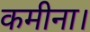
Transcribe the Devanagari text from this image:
कमीना।